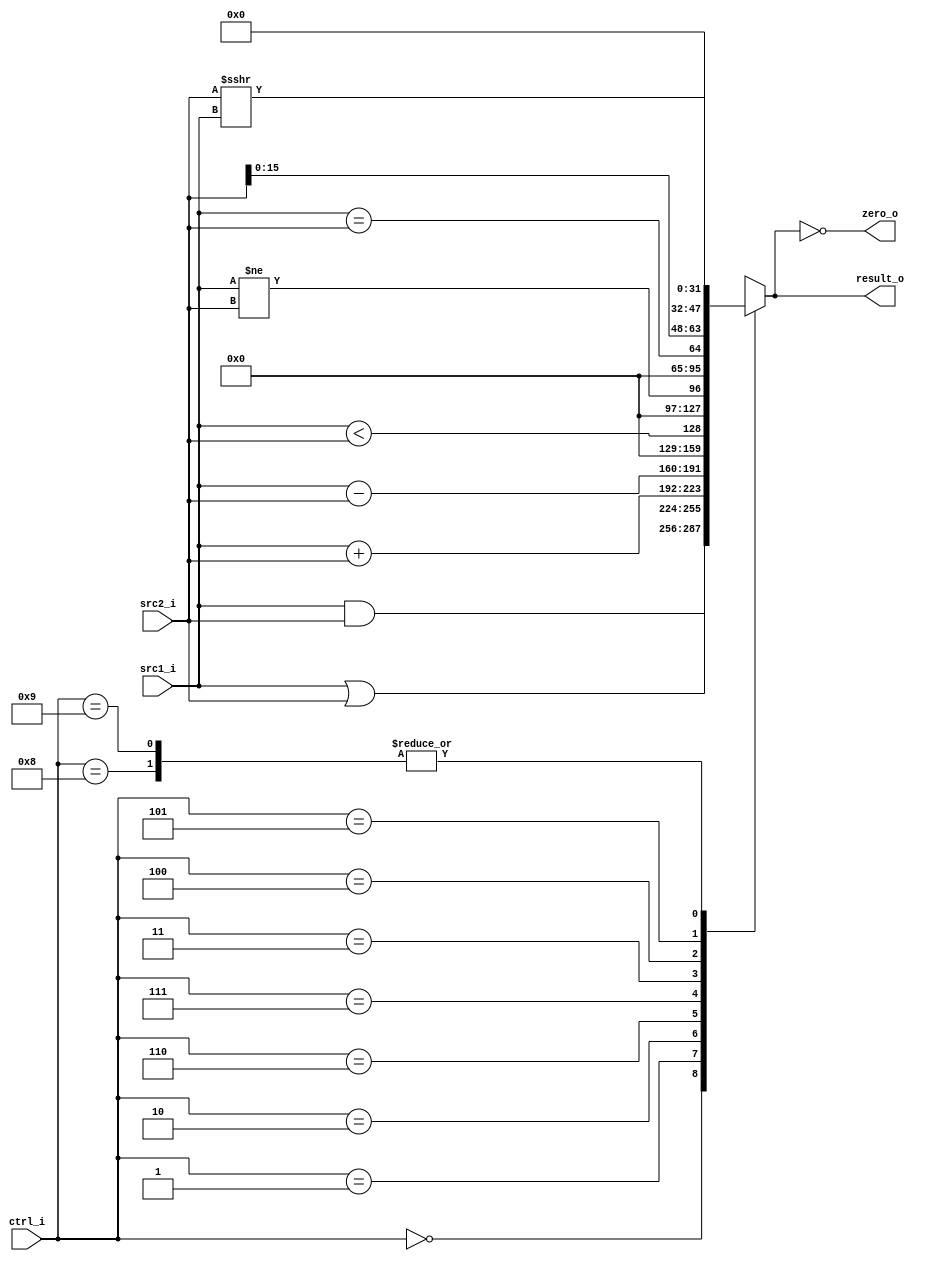
//Subject:     CO project 2 - ALU
//--------------------------------------------------------------------------------
//Version:     1
//--------------------------------------------------------------------------------
//Writer:      0616014-0616225
//----------------------------------------------
//Date:        
//----------------------------------------------
//Description: 
//--------------------------------------------------------------------------------

module ALU(
    src1_i,
    src2_i,
    ctrl_i,
    result_o,
    zero_o
);
     
//I/O ports
input   [32-1:0]    src1_i;
input   [32-1:0]    src2_i;
input   [4-1:0]     ctrl_i;

output  [32-1:0]    result_o;
output              zero_o;

//Internal signals
reg     [32-1:0]    result_o;
reg                 zero_o;

//Parameter

/*      signal mapping
 ****************************
 *  ctrl_o  ,   operation   *
 ****************************
 *  0000    ,   AND         *
 *  0001    ,   OR          *
 *  0010    ,   ADD         *
 *  0011    ,   beq         *
 *  0100    ,   bne         *
 *  0101    ,   lui         *
 *  0110    ,   sub         *
 *  0111    ,   slt         *
 *  1000    ,   sra         *
 *  1001    ,   srav        *
 ****************************
 */

//Main function
always @(*) begin
    case (ctrl_i)
        4'b0000: result_o <= src1_i & src2_i;       // and
        4'b0001: result_o <= src1_i | src2_i;       // or
        4'b0010: result_o <= src1_i + src2_i;       // add
        4'b0110: result_o <= src1_i - src2_i;       // sub
        4'b0111: result_o <= src1_i < src2_i;       // slt
        4'b0011: result_o <= src1_i != src2_i;      // beq
        4'b0100: result_o <= src1_i == src2_i;      // bnq
        4'b0101: result_o <= src2_i << 16;          // lui
        4'b1000: result_o <= $signed(src2_i) >>> src1_i;      // sra
        4'b1001: result_o <= $signed(src2_i) >>> src1_i;      // srav
        default: result_o <= 32'bx;
    endcase
    zero_o <= (result_o == 0);
end

endmodule